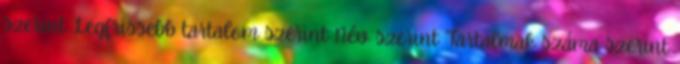
szerint Legfrissebb tartalom szerint Név szerint Tartalmak száma szerint